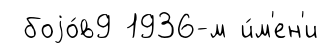
боjо́в9 1936-м и́м'ен'и